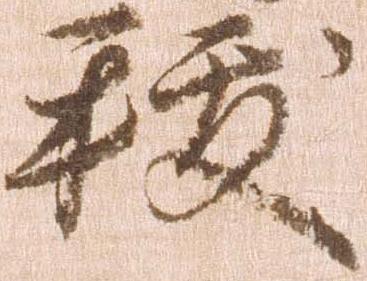
祓